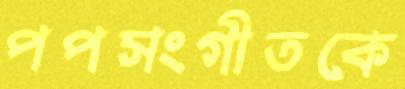
পপসংগীতকে